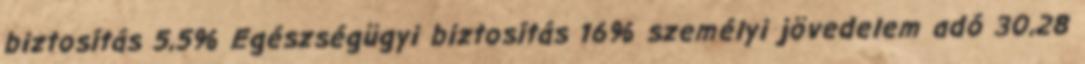
biztosítás 5,5% Egészségügyi biztosítás 16% személyi jövedelem adó 30,28